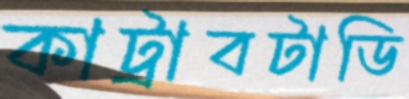
কাট্রাবটাডি